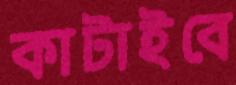
কাটাইবে